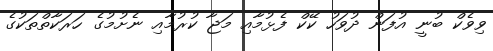
ވިވެކް ބުނީ އުފަން ދުވަހު ކޭކް ފެޅުމާއި މަޖާ ކުރުމާއި ނެށުމުގެ ހަރަކާތްތަކުގެ